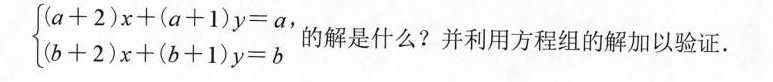
$$( a + 2 ) x + ( a + 1 ) y = a$$,$$( b + 2 ) x + ( b + 1 ) y = b $$的解是什么?并利用方程组的解加以验证.